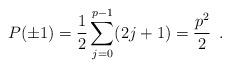
LaTeX: \begin{align*}P(\pm 1) = \dfrac12 \sum_{j=0}^{p-1} (2j+1) = \dfrac{p^2}{2} \enspace .\end{align*}